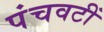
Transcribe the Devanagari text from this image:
पंचवटीं